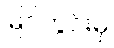
မြင်ကွင်းမှ